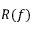
R ( f )